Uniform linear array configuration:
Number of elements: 16
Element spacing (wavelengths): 0.25
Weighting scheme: kaiser
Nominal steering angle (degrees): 60
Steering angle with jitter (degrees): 61.859
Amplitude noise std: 0.05
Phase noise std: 0.05

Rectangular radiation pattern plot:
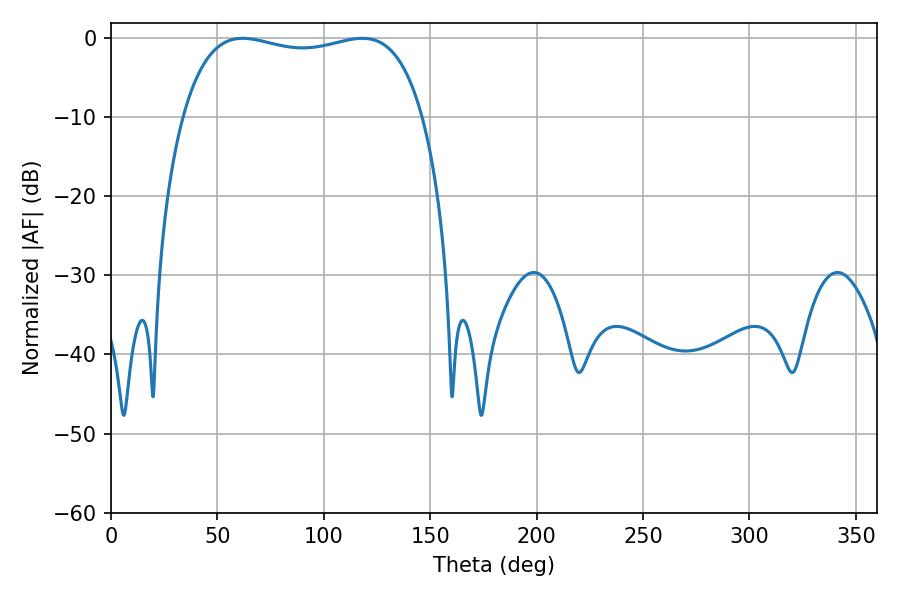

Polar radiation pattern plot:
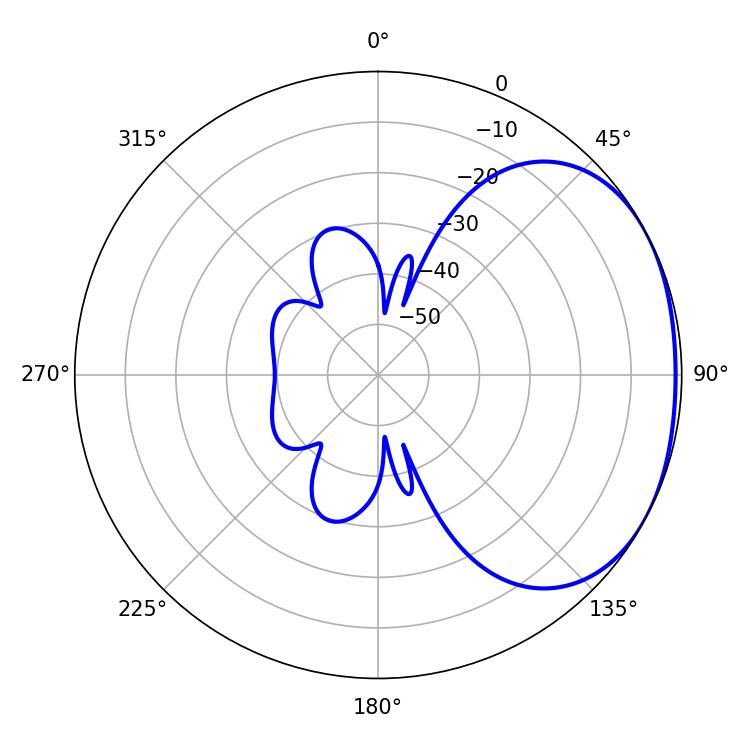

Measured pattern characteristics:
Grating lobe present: FALSE
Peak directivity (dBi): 1.879
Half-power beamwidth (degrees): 91.44
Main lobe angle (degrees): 61.92